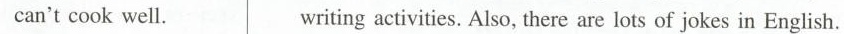
can't cook well. writing activities. Also, there are lots of jokes in English.